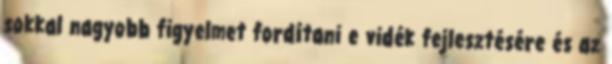
sokkal nagyobb figyelmet fordítani e vidék fejlesztésére és az